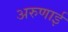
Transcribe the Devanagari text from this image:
अरुणाई